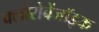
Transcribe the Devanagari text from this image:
क्लोरोबेंजॉइक